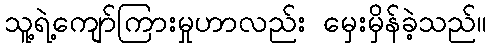
သူ့ရဲ့ကျော်ကြားမှုဟာလည်း မှေးမှိန်ခဲ့သည်။